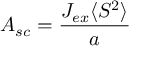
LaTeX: A _ { s c } = { \frac { J _ { e x } \langle S ^ { 2 } \rangle } { a } }